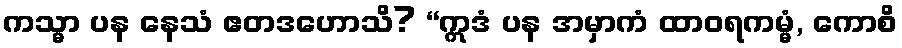
ကသ္မာ ပန နေသံ ဧတဒဟောသိ? “ဣဒံ ပန အမှာကံ ထာဝရကမ္မံ, ကောစိ